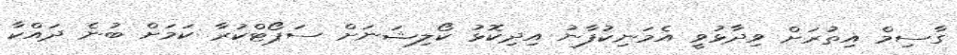
ގާސިމް އިތުރަށް ވިދާޅުވީ އެމަނިކުފާނު އިދިކޮޅު ކޯލިޝަނަށް ސަޕޯޓްކުރާ ކަމަށް ބުނެ ދައްކާ